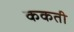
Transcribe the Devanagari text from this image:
ककती